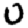
Digit: 0